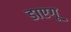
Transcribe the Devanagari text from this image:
डाएगू